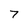
Character: 7